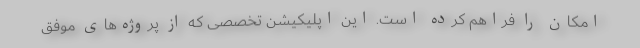
امکان را فراهم کرده است. این اپلیکیشن تخصصی که از پروژ‌ه‌های موفق